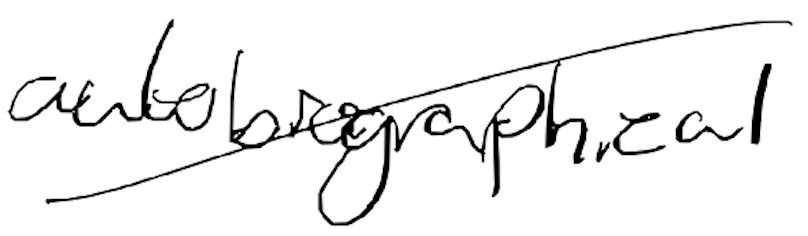
Text: autobiographical
Cross-out: diagonal
Writing tool: digital_black